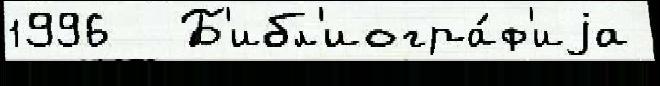
1996  Б'ибл'иогра́ф'иjа